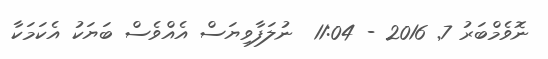
ނޮވެމްބަރު 7